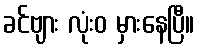
ခင်ဗျား လုံးဝ မှားနေပြီ။